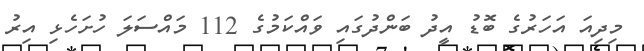
މިދިއަ އަހަރުގެ ބޮޑު އީދު ބަންދުގައި ވައްކަމުގެ 112 މައްސަލަ ހުށަހެޅި އިރު